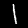
Digit: 1